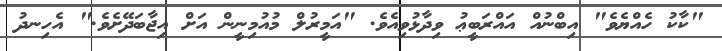
"ކާކު ހެއްޔެވެ" އިބްނުއް އައްރަބީޢު ވިދާޅުވިއެވެ. "އަމީރުލް މުއުމިނީން އަށް އިޖާބަދޭށެވެ." އެހިނދު